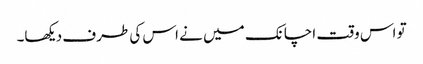
تو اس وقت اچانک میں نے اس کی طرف دیکھا۔